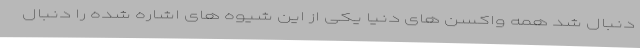
دنبال شد همه واکسن های دنیا یکی از این شیوه های اشاره شده را دنبال